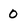
Character: 0